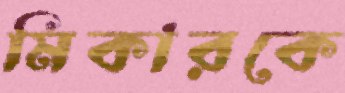
মিকারকে